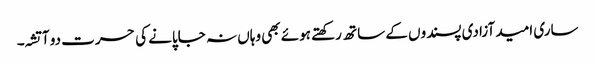
ساری امید آزادی پسندوں کے ساتھ رکھتے ہوئے بھی وہاں نہ جاپانے کی حسرت دو آتشہ۔